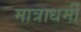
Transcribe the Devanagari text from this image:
मात्राधर्मी